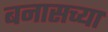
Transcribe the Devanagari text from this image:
बनासच्या